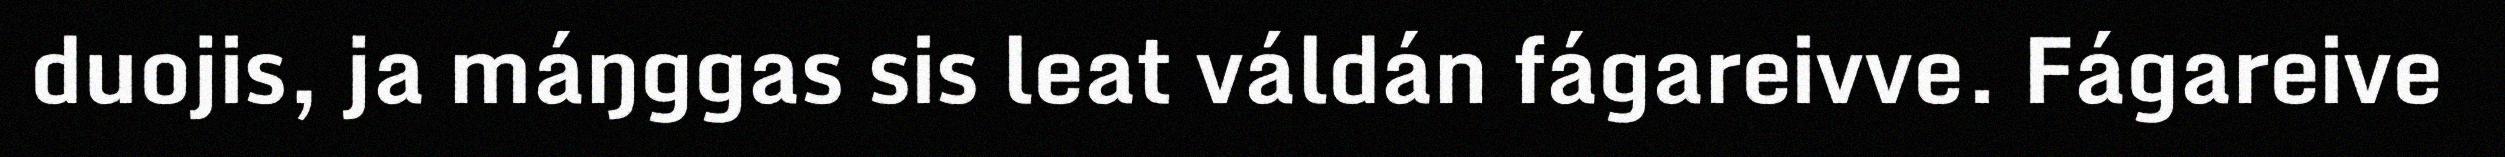
duojis, ja máŋggas sis leat váldán fágareivve. Fágareive